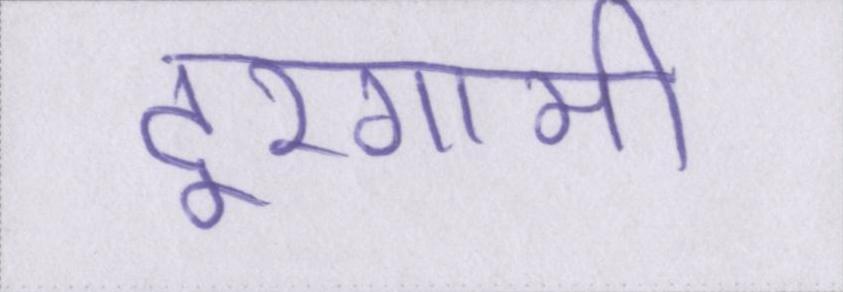
दूरगामी